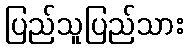
ပြည်သူပြည်သား